Civil Veterinary Department. United Provinces 1923-31 - 1923-1931
Year: 1923
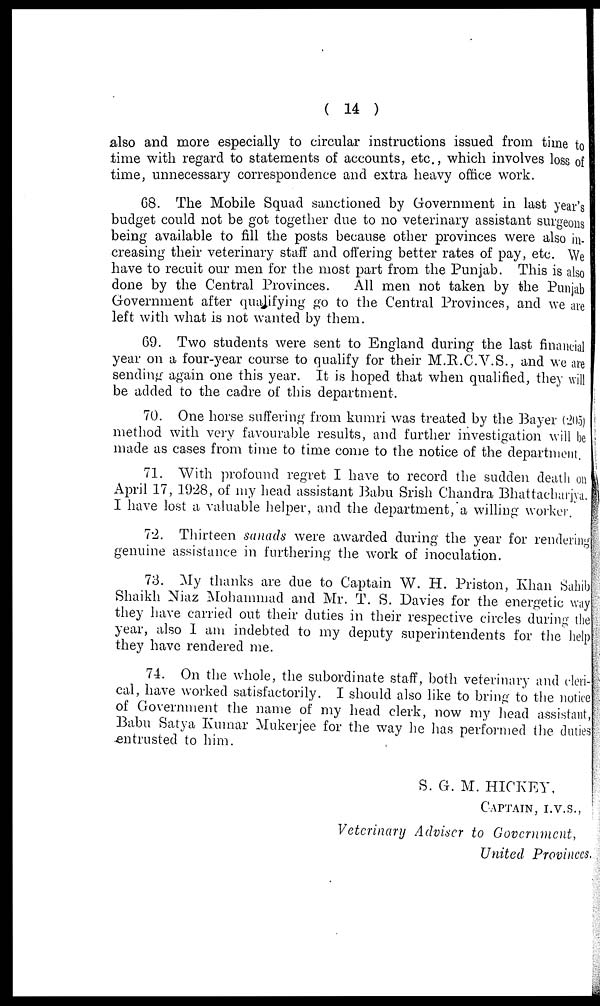
(14)
also and more especially to circular instructions issued from time to
time with regard to statements of accounts, etc., which involves loss of
time, unnecessary correspondence and extra heavy office work.
68. The Mobile Squad sanctioned by Government in last year's
budget could not be got together clue to no veterinary assistant surgeons
being available to fill the posts because other provinces were also in-
creasing their veterinary staff and offering better rates of pay, etc. We
have to recuit our men for the most part from the Punjab. This is also
done by the Central Provinces.
All men not taken by the Punjab
Government after qualifying go to the Central Provinces, and we are
left with what is not wanted by them.
69. Two students were sent to England during the last financial
year on a four-year course to qualify for their M.R.C.V.S., and we are
sending again one this year. It is hoped that when qualified, they will
be added to the cadre of this department.
70. One horse suffering from kumri was treated by the Bayer (205)
method with very favourable results, and further investigation will be
made as cases from time to time come to the notice of the department,
71. With profound regret I have to record the sudden death on
April 17, 1928, of my head assistant Babu Srish Chandra Bhattacharjya.
I have lost a valuable helper, and the department, a willing worker.
72. Thirteen sanads were awarded during the year for rendering
genuine assistance in furthering the work of inoculation.
73. My thanks are due to Captain W. H. Priston, Khan Sahib
Shaikh Niaz Mohammad and Mr. T. S. Davies for the energetic way
they have carried out their duties in their respective circles during the
year, also 1 am indebted to my deputy superintendents for the help
they have rendered me.
74. On the whole, the subordinate staff, both veterinary and cleri-
cal, have worked satisfactorily. I should also like to bring to the notice
of Government the name of my head clerk, now my head assistant,
Babu Satya Kumar Mukerjee for the way he has performed the duties
entrusted to him.
S. G. M. HICKEY,
CAPTAIN, I.V.S.,
Veterinary Adviser to Government,
United Provinces